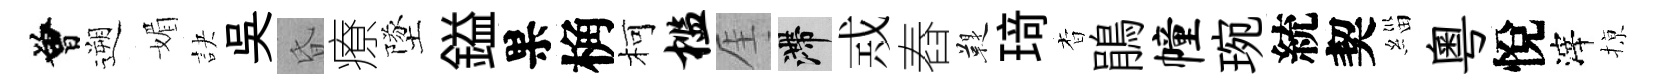
曾遡媚訣吳昏療墜鎰果桷柯槛厓滯𢦶舂鞮𤦺杳鵑幢琬統契緇粵悅滓𢱊